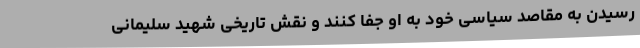
رسیدن به مقاصد سیاسی خود به او جفا کنند و نقش تاریخی شهید سلیمانی